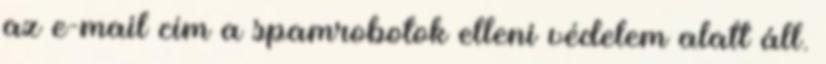
az e-mail cím a spamrobotok elleni védelem alatt áll.